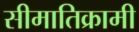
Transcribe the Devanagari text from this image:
सीमातिक्रामी